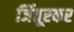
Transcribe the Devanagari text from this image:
जिंतूरकर